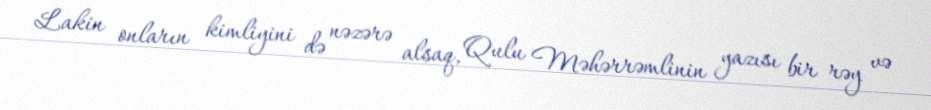
Lakin onların kimliyini də nəzərə alsaq, Qulu Məhərrəmlinin yazısı bir rəy və